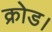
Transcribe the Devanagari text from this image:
क्रोड।